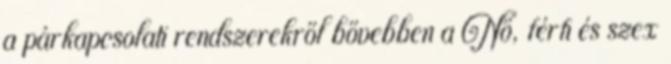
a párkapcsolati rendszerekről bővebben a Nő, férﬁ és szex